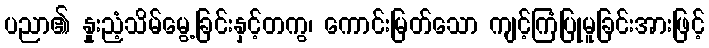
ပညာ၏ နှုးညံ့သိမ်မွေ့ခြင်းနှင့်တကွ၊ ကောင်းမြတ်သော ကျင့်ကြံပြုမူခြင်းအားဖြင့်